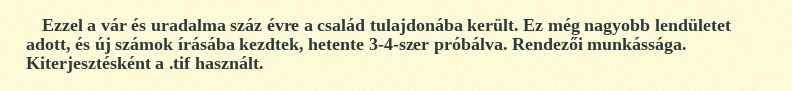
Ezzel a vár és uradalma száz évre a család tulajdonába került. Ez még nagyobb lendületet adott, és új számok írásába kezdtek, hetente 3-4-szer próbálva. Rendezői munkássága. Kiterjesztésként a .tif használt.